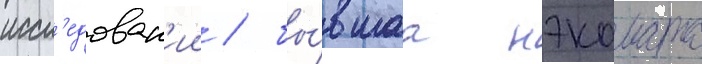
иссл'едован'ии / бы́вшаа нэкомата